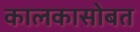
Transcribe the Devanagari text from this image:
कालकासोबत